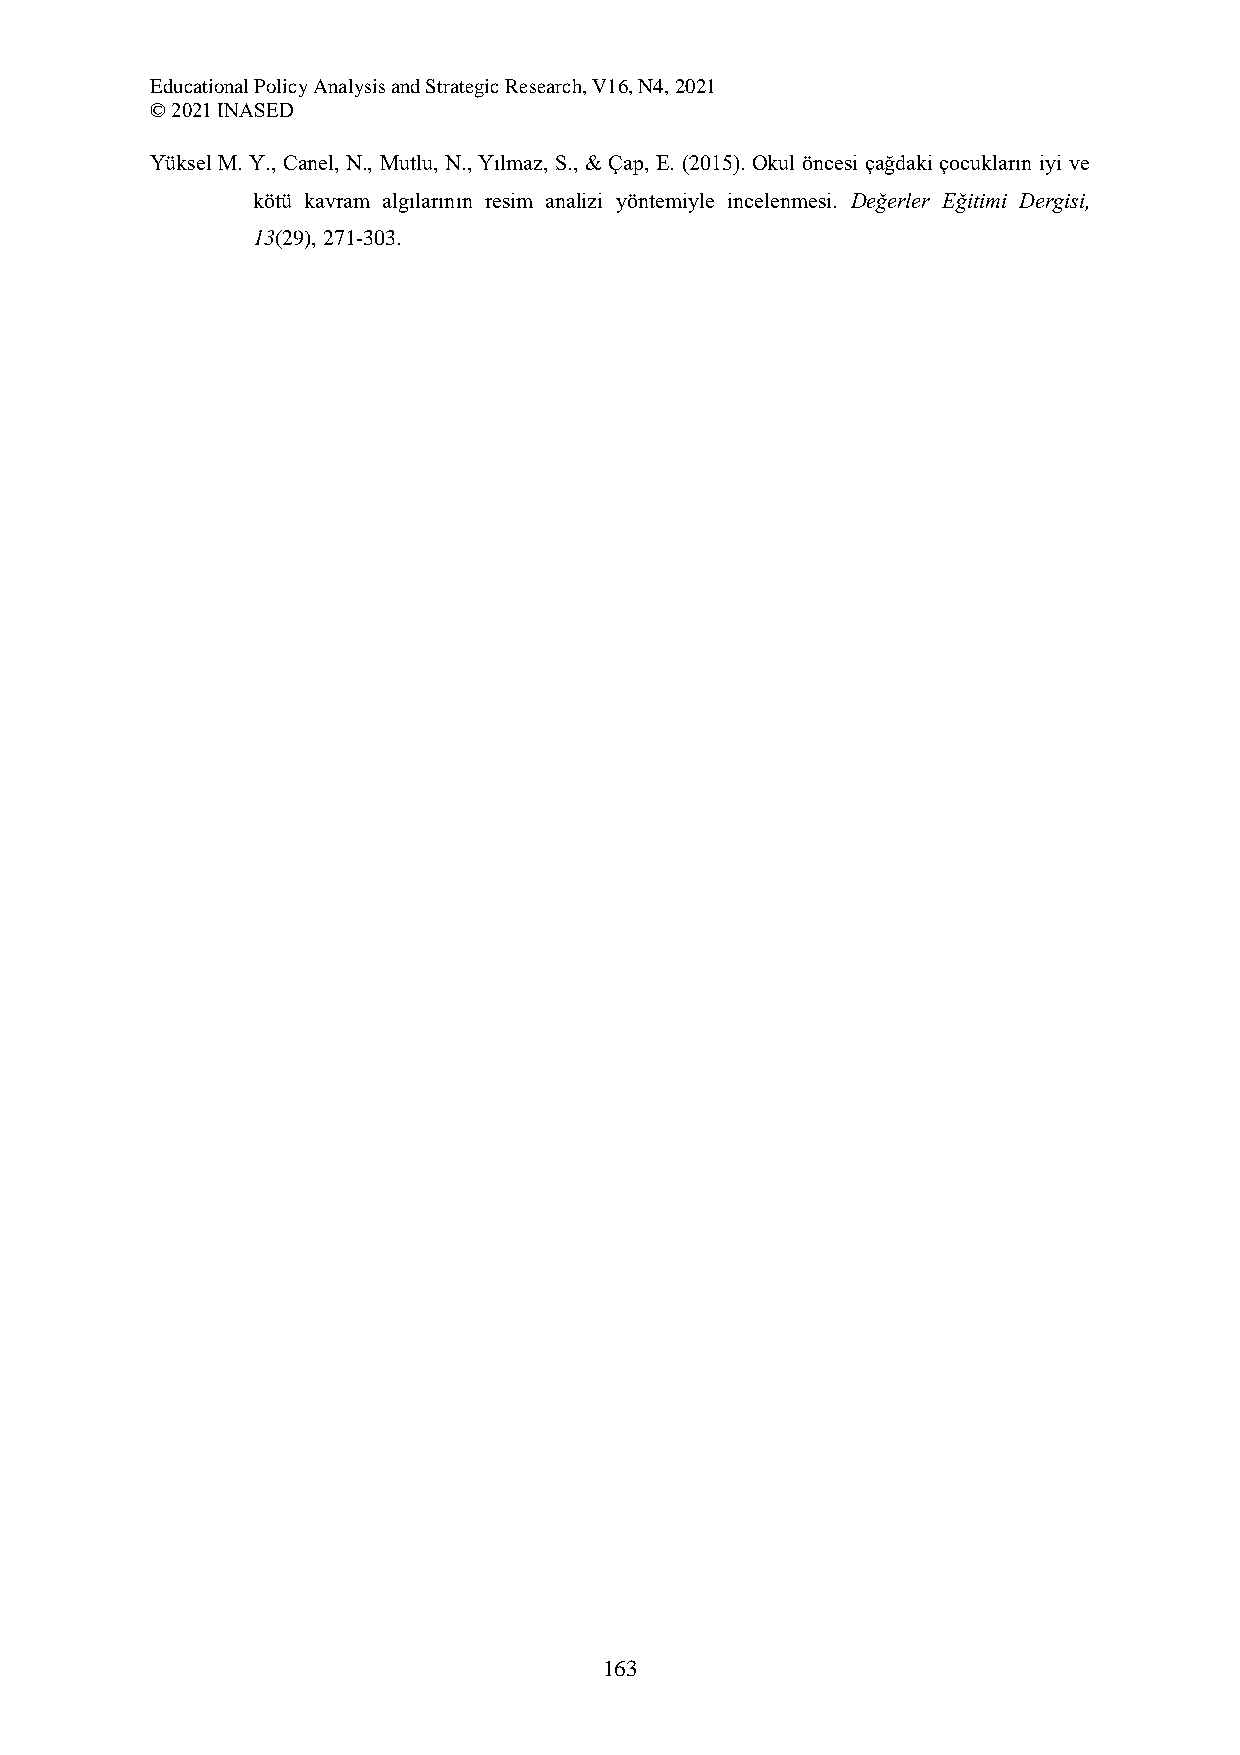
Educational Policy Analysis and Strategic Research, V16, N4, 2021
 © 2021 INASED
 Yüksel M. Y., Canel, N., Mutlu, N., Yılmaz, S., & Çap, E. (2015). Okul öncesi çağdaki çocukların iyi ve
 kötü kavram algılarının resim analizi yöntemiyle incelenmesi. Değerler Eğitimi Dergisi,
 13(29), 271-303.
 163